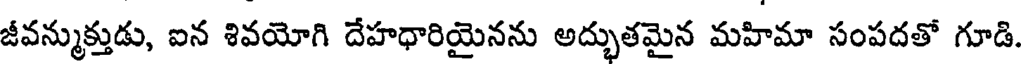
జీవన్ముక్తుడు, ఐన శివయోగి దేహధారియైనను అద్భుతమైన మహిమా సంపదతో గూడి.